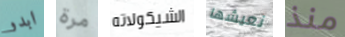
ابدو مرة الشيكولاته نعيشها منذ